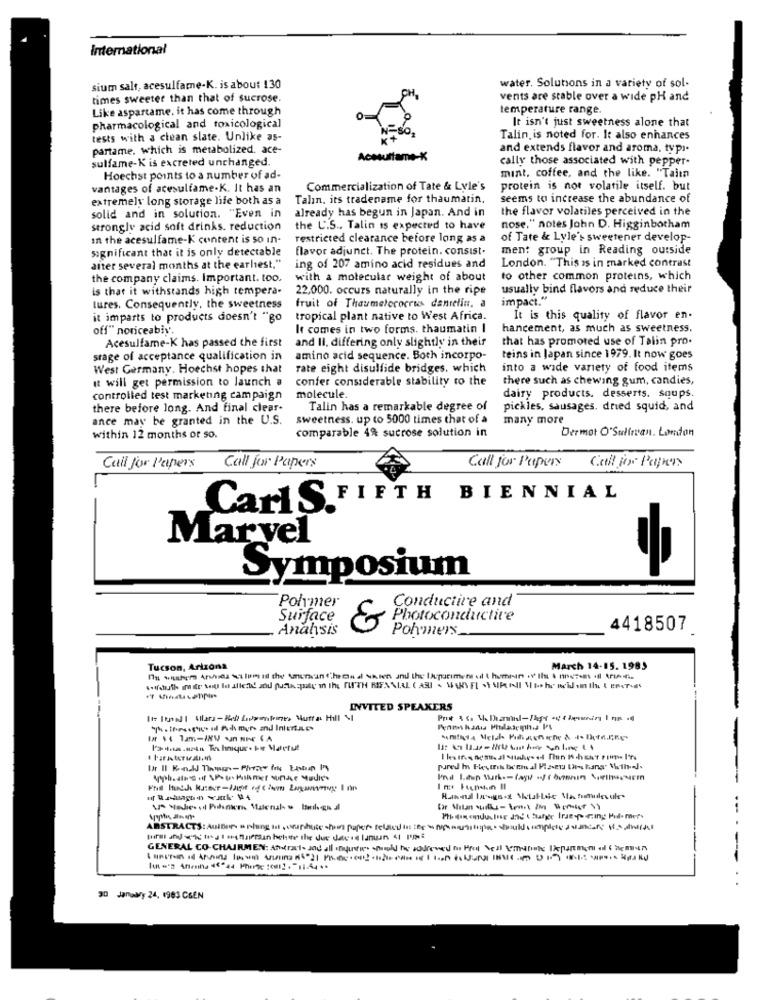
International
water. Solutions in a variety of sol-
sium salt, acesulfame-K. is about 130
times sweeter than that of sucrose.
vents are stable over a wide pH and
Like aspartame. it has come through
temperature range.
It isn't just sweetness alone that
pharmacological and toxicological
tests with a clean slate. Unlike as-
Talin. is noted for. It also enhances
partame. which is metabolized. ace-
and extends flavor and aroma, typy.
sulfame-K is excreted unchanged.
Acesulfame-K
cally those associated with pepper-
Hoechst points to a number of ad-
mint, coffee, and the like. "Taitn
vantages of acesulfame-K. It has an
Commercialization of Tate & Lyle's
protein is not volatile itself. but
extremely long storage life both as a
Talın, its tradename for thaumatin,
seems to increase the abundance of
already has begun in Japan. And in
the flavor volatiles perceived in the
solid and in solution. "Even in
strongly acid soft drinks. reduction
the U.S ., Talin is expected to have
nose," notes John D. Higginbotham
In the acesulfame-K content is so in-
restricted clearance before long as a
of Tate & Lyle's sweetener develop-
significant that it is only detectable
flavor adjunct. The protein. consist.
men: group in Reading outside
after several months at the earliest."
ing of 207 amino acid residues and
London. "This is in marked contrast
the company claims. Important. too.
with a molecular weight of about
to other common proteins, which
is that it withstands high tempera-
22,000. occurs naturally in the ripe
usually bind flavors and reduce their
impact."
tures. Consequently, the sweetness
fruit of Thaumetorocrus danrelin. a
it imparts to products doesn't "go
tropical plant native to West Africa.
It is this quality of flavor en.
off" noriceabiy.
It comes in two forms. thaumatin I
hancement, as much as sweetness.
Acesulfame-K has passed the first
and II. differing only slightly in their
that has promoted use of Talin pro.
stage of acceptance qualification in
amino acid sequence. Both incorpo-
teins in Japan since 1979. It now goes
West Germany. Hoechst hopes that
rate eight disulfide bridges, which
into a wide variety of food items
it will get permission to launch a
confer considerable stability ro the
there such as chewing gum, candies,
controlled test marketing campaign
molecule.
dairy products. desserts. soups.
there before long. And final clear-
Talin has a remarkable degree of
pickles, sausages, dried squid, and
ance may be granted in the U.S.
sweetness. up to 5000 times that of a
many more
Dermot O'Suliman. London
within 12 months or so.
comparable 4% sucrose solution in
Call for Papers
Call for Papers
Call for Papers
Call for Papers
Carl S.
FIFTH BIENNIAL
Marvel
Symposium
Polymer
Conductive and
Surface
Photoconductive
Analysis
Pohomers
4418507
Tucson, Arizona
March 14-15. 1985
INVITED SPEAKERS
# Paris turisti, in
tar Matur Suffisent / 10(nif>
--
ABSTRACTS: Autours a pohang in,capchute short paper related in : " ninami tripfuldcompleta
GENERAL CO-CHAIRMEN: Attracts and all ofjustice should be addressed to Prol Dell Viralal Ixfunment of 6 min
...
January 24, 1983 CGEN